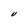
Character: V